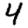
Digit: 4